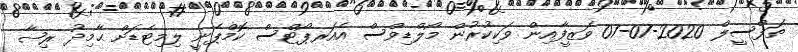
ތަފްސީލް 2020-07-07 ވަޒީފާއިން ވަކިކުރުން މޯލްޑިވްސް އެއަރޕޯޓްސް ކޮމްޕެނީ ލިމިޓެޑަށް ޙާމިދު ރިޟާ